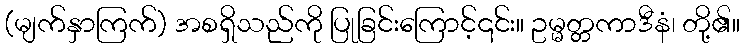
(မျက်နှာကြက်) အစရှိသည်ကို ပြုခြင်းကြောင့်၎င်း။ ဥမ္မတ္တကာဒီနံ၊ တို့၏။